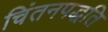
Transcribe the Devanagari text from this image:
चिंतनपद्धति